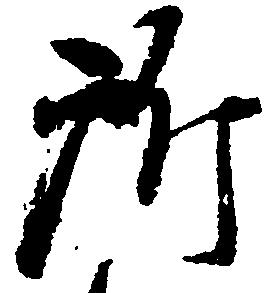
所